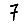
Digit: 7